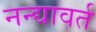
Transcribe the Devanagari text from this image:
नन्द्यावर्त